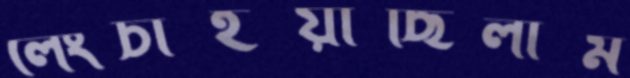
লেংচাইয়াছিলাম